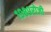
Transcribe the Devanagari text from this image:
१९८९रोजी